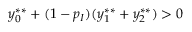
y _ { 0 } ^ { * * } + ( 1 - p _ { I } ) ( y _ { 1 } ^ { * * } + y _ { 2 } ^ { * * } ) > 0